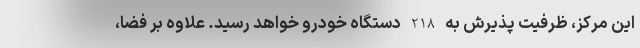
این مرکز، ظرفیت پذیرش به 218 دستگاه خودرو خواهد رسید. علاوه بر فضا،